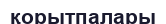
қорытпалары